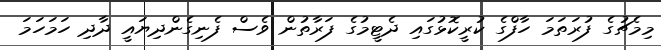
މިމެޗުގެ ފުރަތަމަ ހާފްގެ ކުރީކޮޅުގައި ދެޓީމުގެ ފަރާތުން ވެސް ފެނިގެންދިޔައީ ދާދި ހަމަހަމަ